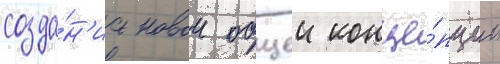
созда́н'иа новои общеи конце́пции